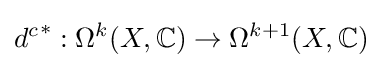
{d^{c}}^{*}:\Omega ^{k}(X,\mathbb {C} )\to \Omega ^{k+1}(X,\mathbb {C} )